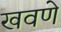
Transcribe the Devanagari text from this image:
खवणे